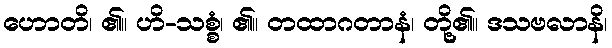
ဟောတိ၊ ၏။ ဟိ-သစ္စံ၊ ၏။ တထာဂတာနံ၊ တို့၏။ ဒသဗလာနိ၊